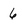
Character: 6